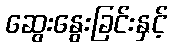
ဆွေးနွေးခြင်းနှင့်